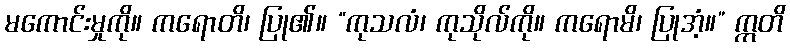
မကောင်းမှုကို။ ကရောတိ၊ ပြု၏။ “ကုသလံ၊ ကုသိုလ်ကို။ ကရောမိ၊ ပြုအံ့။” ဣတိ